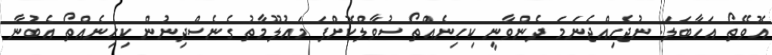
އޮވޭތޯ އަހާބަލަ. ނުޖެހިއްޖެނަމަ ދެންވާނީ ކިހިނެއްތޯ ސުވާލްކޮށްފަ މައުލޫމާތު ގެނެސްދިނުން ކިހިނެއްތޯ އެބުނާ